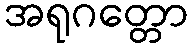
အရုဂတ္တော